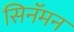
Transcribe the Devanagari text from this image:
सिनॅमन